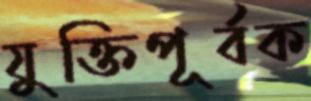
যুক্তিপূর্বক